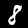
Digit: 8